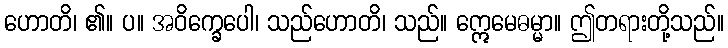
ဟောတိ၊ ၏။ ပ။ အဝိက္ခေပေါ၊ သည်ဟောတိ၊ သည်။ ဣေမေဓမ္မာ။ ဤတရားတို့သည်။